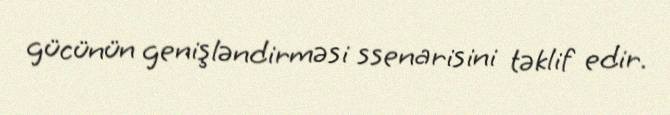
gücünün genişləndirməsi ssenarisini təklif edir.